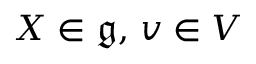
X \in { \mathfrak { g } } , \, v \in V